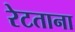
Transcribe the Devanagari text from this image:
रेटताना